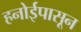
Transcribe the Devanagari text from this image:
हनोईपासून